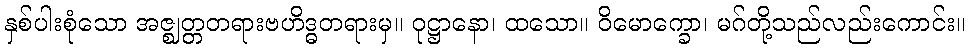
နှစ်ပါးစုံသော အဇ္ဈတ္တတရားဗဟိဒ္ဓတရားမှ။ ဝုဋ္ဌာနော၊ ထသော။ ဝိမောက္ခော၊ မဂ်တို့သည်လည်းကောင်း။